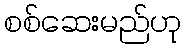
စစ်ဆေးမည်ဟု